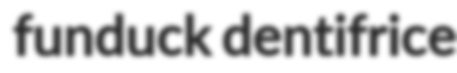
funduck dentifrice